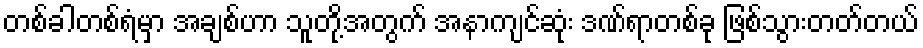
တစ်ခါတစ်ရံမှာ အချစ်ဟာ သူတို့အတွက် အနာကျင်ဆုံး ဒဏ်ရာတစ်ခု ဖြစ်သွားတတ်တယ်